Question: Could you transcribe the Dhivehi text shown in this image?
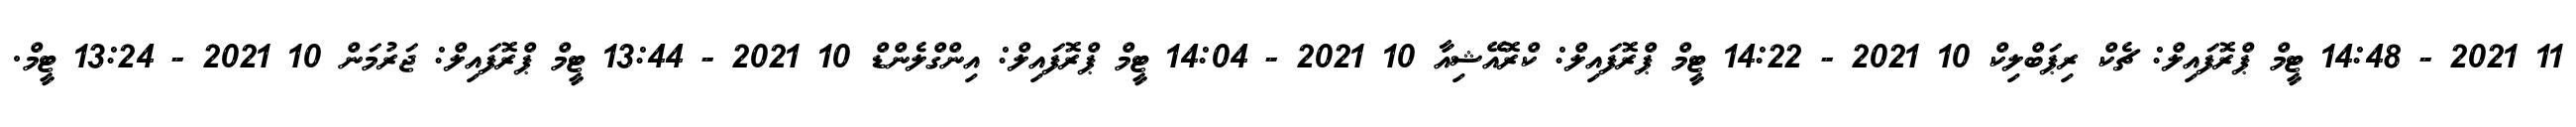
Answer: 11 2021 - 14:48 ޓީމް ޕްރޮފައިލް: ޗެކް ރިޕަބްލިކް 10 2021 - 14:22 ޓީމް ޕްރޮފައިލް: ކްރޮއޭޝިއާ 10 2021 - 14:04 ޓީމް ޕްރޮފައިލް: އިންގްލެންޑް 10 2021 - 13:44 ޓީމް ޕްރޮފައިލް: ޖަރުމަން 10 2021 - 13:24 ޓީމް.